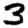
Digit: 3